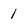
Character: 1